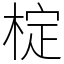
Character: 椗